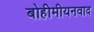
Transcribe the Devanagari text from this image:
बोहीमीयनवाद